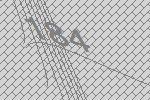
184